Annual administration report of the Civil Veterinary Department, Sind - 1938-1939
Year: 1938
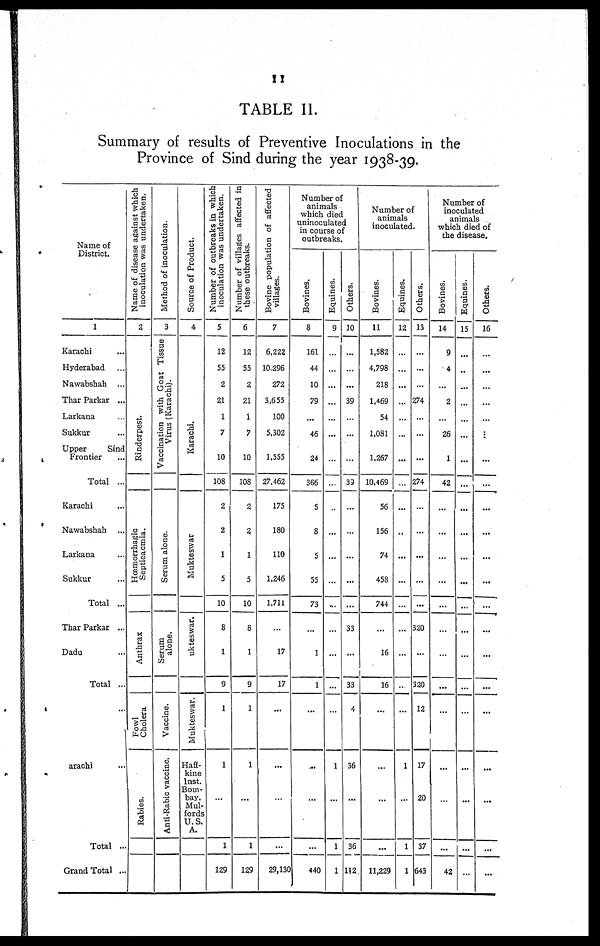
11
TABLE II.
Summary of results of Preventive Inoculations in the
Province of Sind during the year 1938-39.
Name of
District.
1
Karachi ...
Hyderabad ...
Nawabshah ...
Thar Parkar ...
Larkana ...
Sukkur ...
Upper
Sind
Frontier
Total ...
Karachi ...
Nawabshah ...
Larkana ...
Sukkur ...
Total ...
Thar Parkar ...
Dadu ...
Total ...
Karachi ...
Total ..
Grand Total ...
Name of disease against which
inoculation was undertaken.
2
Rinderpest.
Hœmorrhagic
Septicaemia.
Anthrax
Fowl
Cholera
Rabies.
Method of inoculation.
3
Vaccination with Goat Tissue
Virus (Karachi).
Se r
um alone.
Serum
alone.
Vaccine.
Anti-Rabic vaccine.
Source of Product.
4
Karachi.
Mukteswar
Mukteswar.
Mukteswar.
Haff¬
kine
Inst.
Bom-
bay.
Mul¬
fords
U.S.
A.
Number of outbreaks in which
inoculation was undertaken.
5
12
55
2
21
1
7
10
108
2
2
1
5
10
8
1
9
1
1
...
1
129
Number of villages affected in
these outbreaks.
6
12
55
2
21
1
7
10
108
2
2
1
5
10
8
1
9
1
1
...
1
129
Bovine population of affected
villages.
7
6,222
10.296
272
3,655
100
5,302
1,555
27.462
175
180
110
1,246
1,711
...
17
17
...
...
...
...
29,130
Number of
animals
which died
uninoculated
in course of
outbreaks.
Bovines.
8
161
44
10
79
...
46
24
366
5
8
5
55
73
...
1
1
...
...
...
...
440
Equines.
9
...
...
...
...
...
...
...
...
..
...
...
...
...
...
...
...
...
1
...
1
1
Others.
10
...
...
...
39
...
...
...
39
...
...
...
...
33
...
33
4
36
...
36
112
Number of
animals
inoculated.
Bovines.
11
1,582
4,798
218
1,469
54
1,081
1,267
10,469
56
156
74
458
744
...
16
16
...
...
...
...
11,229
Equines.
12
...
...
...
...
...
...
...
...
..
...
...
...
...
...
1
...
1
1
Others.
13
...
...
...
274
...
...
...
274
...
...
...
...
...
320
...
320
12
17
20
37
643
Number of
inoculated
animals
which died of
the disease.
Bovines.
14
9
4
...
2
...
26
1
42
...
...
...
...
...
...
...
...
...
...
...
...
42
Equines.
15
...
..
...
...
...
...
...
...
...
...
...
...
...
...
...
...
...
...
...
...
Others.
16
...
...
...
...
...
...
...
...
...
...
...
...
...
...
...
...
...
...
...
...
...